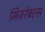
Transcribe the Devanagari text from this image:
मिजरेबल्स